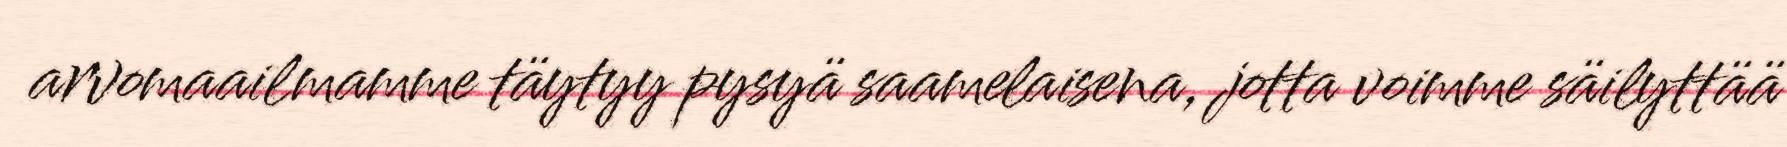
arvomaailmamme täytyy pysyä saamelaisena, jotta voimme säilyttää